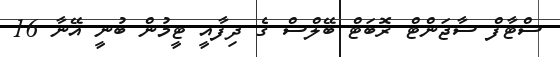
ސްޓާފް ސާޖަންޓް ރޮބަޓް ބޭލްސް ގެ ދިފާއީ ޓީމުން ބުނީ އޭނާ 16